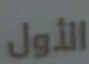
الأول